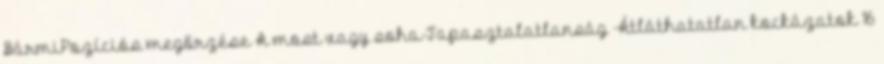
BármiPozíciós megőrzése A most vagy soha-Tapasztalatlanság -Átláthatatlan kockázatok 16